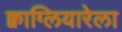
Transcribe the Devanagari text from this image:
क्वाग्लियारेला